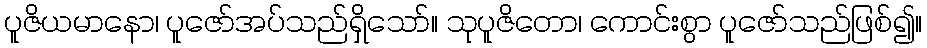
ပူဇိယမာနော၊ ပူဇော်အပ်သည်ရှိသော်။ သုပူဇိတော၊ ကောင်းစွာ ပူဇော်သည်ဖြစ်၍။